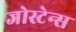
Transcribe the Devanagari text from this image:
जोस्टेन्स